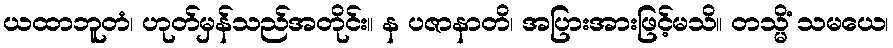
ယထာဘူတံ၊ ဟုတ်မှန်သည်အတိုင်း။ န ပဇာနာတိ၊ အပြားအားဖြင့်မသိ။ တသ္မိံ သမယေ၊